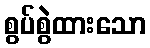
စွပ်စွဲထားသော